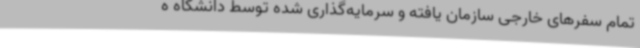
تمام سفرهای خارجی سازمان‌ یافته و سرمایه‌گذاری شده توسط دانشگاه ه